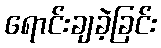
ရောင်းချခဲ့ခြင်း